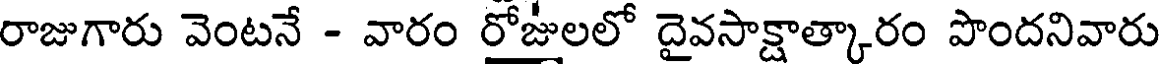
రాజుగారు వెంటనే - వారం రోజులలో దైవసాక్షాత్కారం పొందనివారు